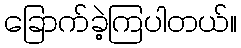
ခြောက်ခဲ့ကြပါတယ်။